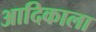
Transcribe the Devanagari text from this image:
आदिकाला